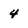
Character: 4